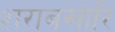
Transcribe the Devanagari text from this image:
शराबखोरि